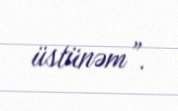
üstünəm”.